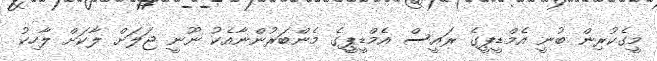
މީގެކުރިން ބުނީ އެމްޑީޕީގެ ރައީސް އެމްޑީޕީގެ މެންބަރުންނާއެކު ނޫނީ ޖަލަށް ލާކަށް ލާހިކު